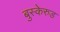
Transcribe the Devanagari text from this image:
बुस्केरुड